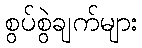
စွပ်စွဲချက်များ